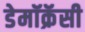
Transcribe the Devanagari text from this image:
डेमॉक्रॅसी